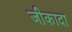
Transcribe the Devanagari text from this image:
जीकादा